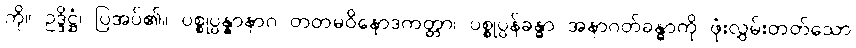
ကို။ ဥဒ္ဒိဋ္ဌံ၊ ပြအပ်၏။ ပစ္စုပ္ပန္နာနာဂ တတမဝိနောဒကတ္တာ၊ ပစ္စုပ္ပန်ခန္ဓာ အနာဂတ်ခန္ဓာကို ဖုံးလွှမ်းတတ်သော